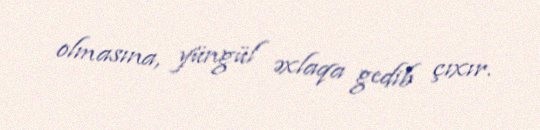
olmasına, yüngül əxlaqa gedib çıxır.